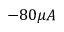
- 8 0 \mu A